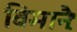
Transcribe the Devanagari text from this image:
विमानैः